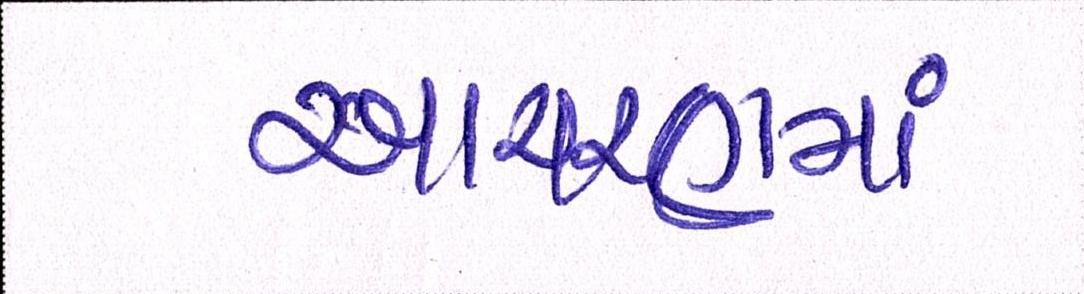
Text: આચરણમાં